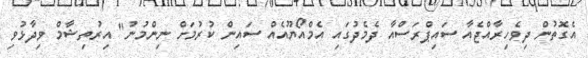
އެގޮތުން ދިވެހިރާއްޖެއާ ސައިޕްރަސްއާ ދެމެދުގައި އެމްއޯޔޫއެއް ސައިން ކުރުމަށް ނިންމުނު" އިރުތިޝާމް ވިދާޅުވި